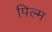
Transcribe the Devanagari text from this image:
पिल्म